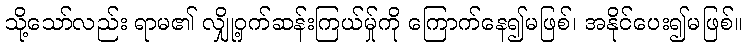
သို့သော်လည်း ရာမ၏ လျှို့ဝှက်ဆန်းကြယ်မ်ှုကို ကြောက်နေ၍မဖြစ်၊ အနိုင်ပေး၍မဖြစ်။